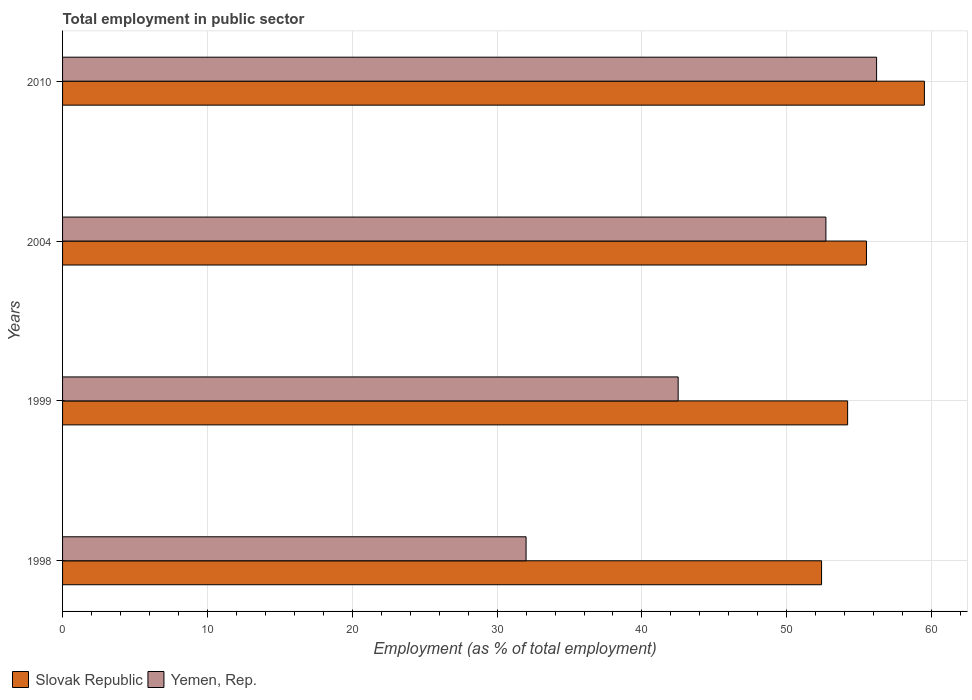
| Years | Slovak Republic | Yemen, Rep. |
 | --- | --- | --- |
 | 1998 | 52.4 | 32 |
 | 1999 | 54.2 | 42.5 |
 | 2004 | 55.5 | 52.7 |
 | 2010 | 59.5 | 56.2 |